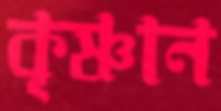
কৃষ্ণান